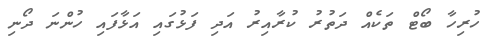
ހުރިހާ ބޯޓް ތަކެއް ދަތުރު ކުރާއިރު އަދި ފަޅުގައި އަޅާފައި ހުންނަ ދޯނި